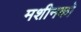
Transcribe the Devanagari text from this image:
मशीनको